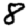
Digit: 8